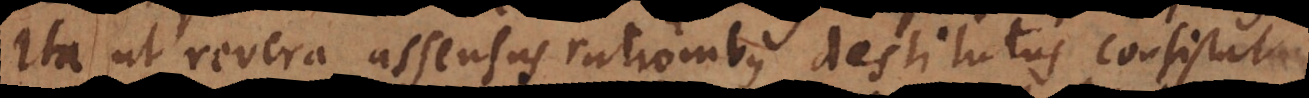
ita ut revera assensus rationibus destitutus consistat